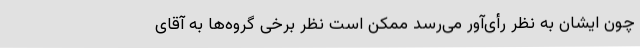
چون ایشان به نظر رأی‌آور می‌رسد ممکن است نظر برخی گروه‌ها به آقای